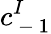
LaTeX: c_{\mathrm{~-~}1}^{I}